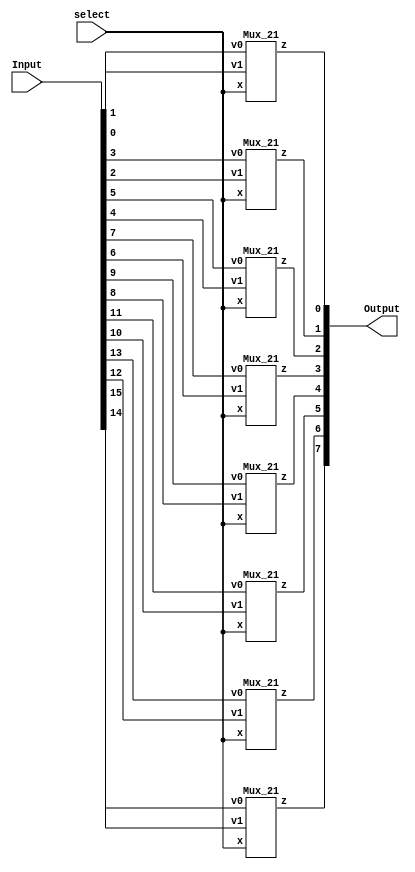
module mux_bank(
    input wire[15:0] Input,
    input wire select,
    output reg[7:0] Output
);
    wire[7:0] output1;
        Mux_21 mux7(.v0(Input[15]),.v1(Input[14]),.x(select),.z(output1[7]));
        Mux_21 mux6(.v0(Input[13]),.v1(Input[12]),.x(select),.z(output1[6]));
        Mux_21 mux5(.v0(Input[11]),.v1(Input[10]),.x(select),.z(output1[5]));
        Mux_21 mux4(.v0(Input[9]),.v1(Input[8]),.x(select),.z(output1[4]));
        Mux_21 mux3(.v0(Input[7]),.v1(Input[6]),.x(select),.z(output1[3]));
        Mux_21 mux2(.v0(Input[5]),.v1(Input[4]),.x(select),.z(output1[2]));
        Mux_21 mux1(.v0(Input[3]),.v1(Input[2]),.x(select),.z(output1[1]));
        Mux_21 mux0(.v0(Input[1]),.v1(Input[0]),.x(select),.z(output1[0]));
        
    always @(*) Output <= output1;
endmodule

module Mux_21 (
    input wire v0,
    input wire v1,
    input wire x,
    output reg z
);

    always @ (*)begin
       z = (v0&~x)|(v1&x); 
    end

endmodule